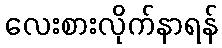
လေးစားလိုက်နာရန်